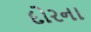
દોરના